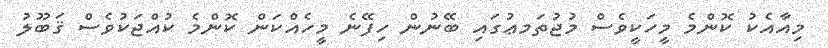
މިއާއެކު ކޮންމެ މީހަކީވެސް މުޖުތަމޢުގައި ބޭނުން ހިފޭނެ މީހެއްކަން ކޮންމެ ކުއްޖަކުވެސް ޤަބޫލު